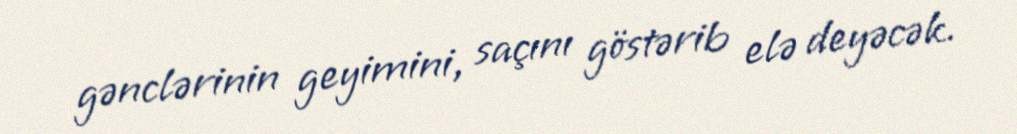
gənclərinin geyimini, saçını göstərib elə deyəcək.